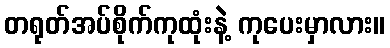
တရုတ်အပ်စိုက်ကုထုံးနဲ့ ကုပေးမှာလား။